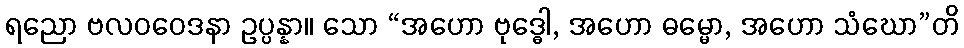
ရညော ဗလဝဝေဒနာ ဥပ္ပန္နာ။ သော “အဟော ဗုဒ္ဓေါ, အဟော ဓမ္မော, အဟော သံဃော”တိ